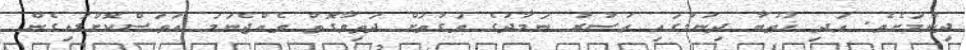
ދިނުމަށެވެ. އަދި ޚުޠުބާ ދިނުމުގައި ޢަޞުރު ނަމާދުގެ ވަގުތަށް ދަތިވާގޮތް ވެއްޖެނަމަ އަވަސްކޮށްލައިގެން